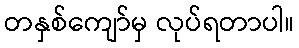
တနှစ်ကျော်မှ လုပ်ရတာပါ။